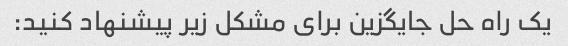
یک راه حل جایگزین برای مشکل زیر پیشنهاد کنید: